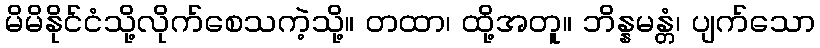
မိမိနိုင်ငံသို့လိုက်စေသကဲ့သို့။ တထာ၊ ထို့အတူ။ ဘိန္နမန္တံ၊ ပျက်သော